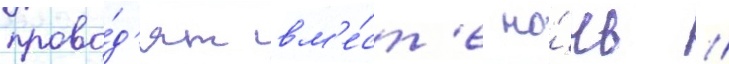
прово́д'ят вм'е́ст'е но́чь //